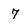
Character: 7